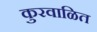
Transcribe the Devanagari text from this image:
कुरवाळित